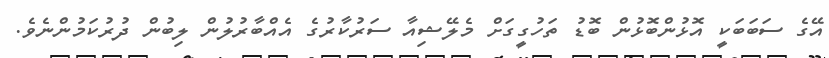
އޭގެ ސަބަބަކީ އޮޅުންބޮޅުން ބޮޑު ތަހުގީގަށް މެލޭޝިއާ ސަރުކާރުގެ އެއްބާރުލުން ލިބުން ދުރުކަމުންނެވެ.